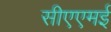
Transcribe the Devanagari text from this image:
सीएएमई